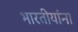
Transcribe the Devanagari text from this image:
भारतीयांंना